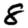
Digit: 8